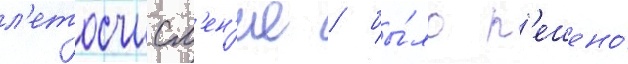
л'етосчисл'ен'ие / бы́ло р'ешено́